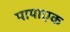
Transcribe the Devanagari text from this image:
पायाएक